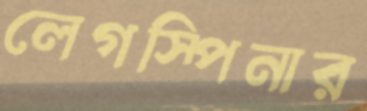
লেগস্পিনার